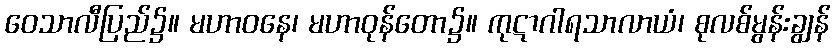
ဝေသာလီပြည်၌။ မဟာဝနေ၊ မဟာဝုန်တော၌။ ကုဋာဂါရသာလာယံ၊ စုလစ်မွန်းချွန်